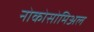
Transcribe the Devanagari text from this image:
नोकोसोमिअल